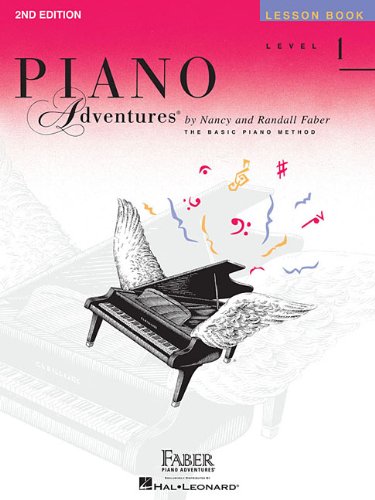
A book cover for Level 1 - Lesson Book: Piano Adventures; Humor & Entertainment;